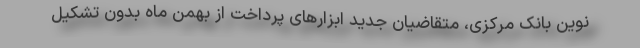
نوین بانک مرکزی، متقاضیان جدید ابزارهای پرداخت از بهمن ماه بدون تشکیل